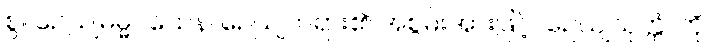
စွ။ ဉေယျဓမ္မဝသေန၊ ဉေယျတရား၏ အစွမ်းအားဖြင့်။ ဉေယျသုတ္တံ၊ ကို။